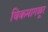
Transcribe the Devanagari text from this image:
चिकमागळूर